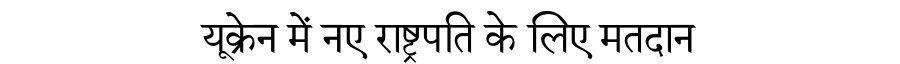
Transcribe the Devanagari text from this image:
यूक्रेन में नए राष्ट्रपति के लिए मतदान